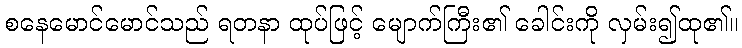
စနေမောင်မောင်သည် ရတနာ ထုပ်ဖြင့် မျောက်ကြီး၏ ခေါင်းကို လှမ်း၍ထု၏။